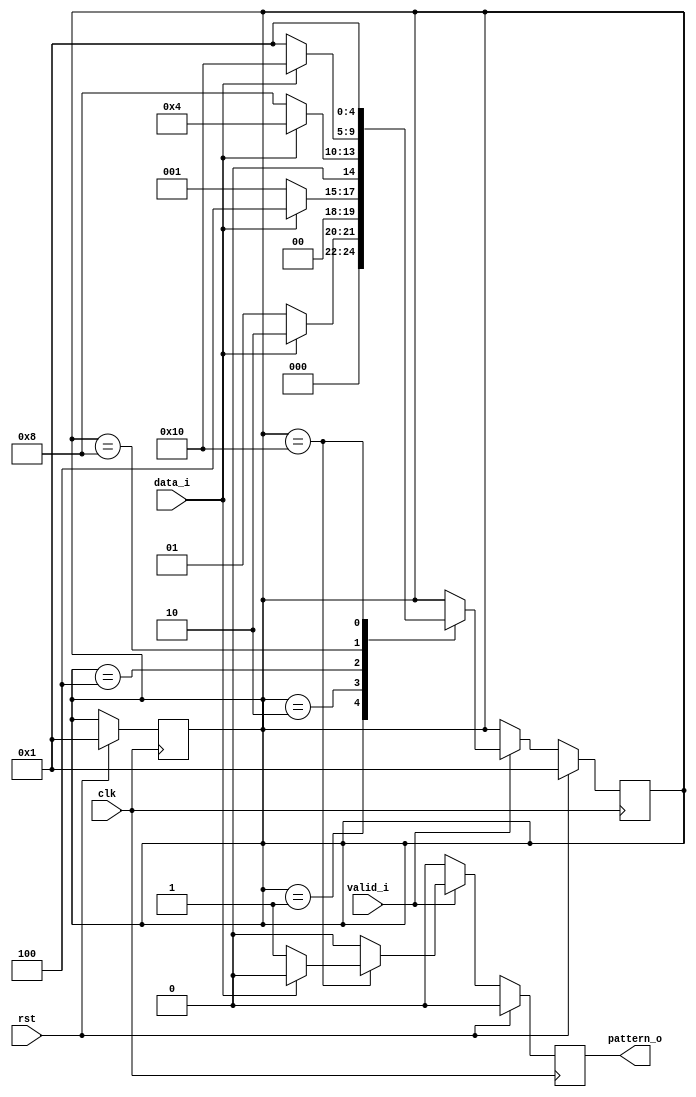
//BBCBC or 11010
module pattern_mealy(clk,rst,data_i,valid_i,pattern_o);
parameter S_RESET=5'b00001;
parameter S_B=5'b00010;
parameter S_BB=5'b00100;
parameter S_BBC=5'b01000;
parameter S_BBCB=5'b10000;
parameter B=1'b1;
parameter C=1'b0;
input clk,rst,valid_i,data_i;
output reg pattern_o;
reg [4:0]state,next_state;
always@(posedge clk)begin
	if(rst==1)begin
		pattern_o=0;
		state=S_RESET;
		next_state=S_RESET;
	end
	else begin
			pattern_o=0;
		if(valid_i==1)begin
			case(state)
				S_RESET:begin
					if(data_i==B)begin
						next_state=S_B;
					end
					else begin
						next_state=S_RESET;
					end
				end
				S_B:begin
					if(data_i==B)begin
						next_state=S_BB;
					end
					else begin
						next_state=S_RESET;
					end
				end
				S_BB:begin
					if(data_i==B)begin
						next_state=S_BB;
					end
					else begin
						next_state=S_BBC;
					end
				end
				S_BBC:begin
					if(data_i==B)begin
						next_state=S_BBCB;
					end
					else begin
						next_state=S_RESET;
					end
				end
				S_BBCB:begin
					if(data_i==B)begin
						next_state=S_RESET;
					end
					else begin
						pattern_o=1;
						next_state=S_RESET;
					end
				end
				endcase
		end
	end
end
always@(next_state)state=next_state;
endmodule